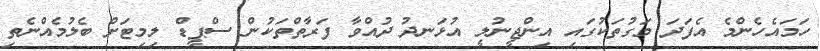
ހަމައެހެންމެ އެފަދަ މަގުތަކުގައި އިންޖީނުލީ އުޅަނދު ދުއްވާ ފަރާތްތަކުން ސްޕީޑް ލިމިޓަށް ބެލުމެއްނެތި